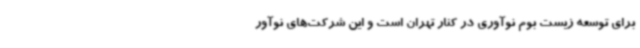
برای توسعه زیست بوم نوآوری در کنار تهران است و این شرکت‌های نوآور